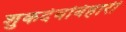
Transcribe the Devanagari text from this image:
शुकदेवबिहारी